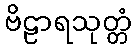
ဗိဠာရသုတ္တံ